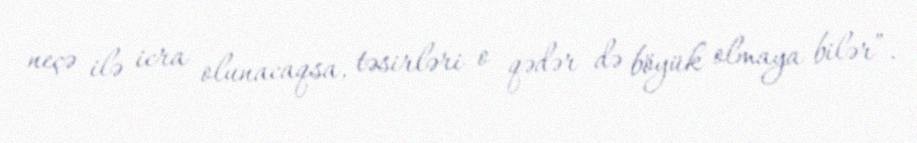
neçə ilə icra olunacaqsa, təsirləri o qədər də böyük olmaya bilər”.